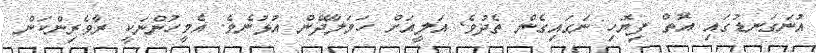
އުނަގަނޑުގައި އޮތް ފިޔޮހި ނަގައިގެން ތެދުވެ